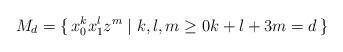
LaTeX: \begin{align*}M_d = \{\, x_0^k x_1^l z^m \mid k,l,m \ge 0 k + l + 3 m = d \, \}\end{align*}